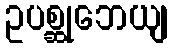
ဥပစ္ဆုဘေယျ